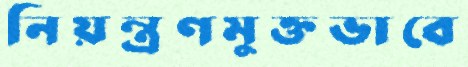
নিয়ন্ত্রণমুক্তভাবে